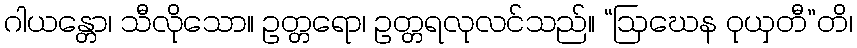
ဂါယန္တော၊ သီလိုသော။ ဥတ္တရော၊ ဥတ္တရလုလင်သည်။ “ဩဃေန ဝုယှတီ”တိ၊